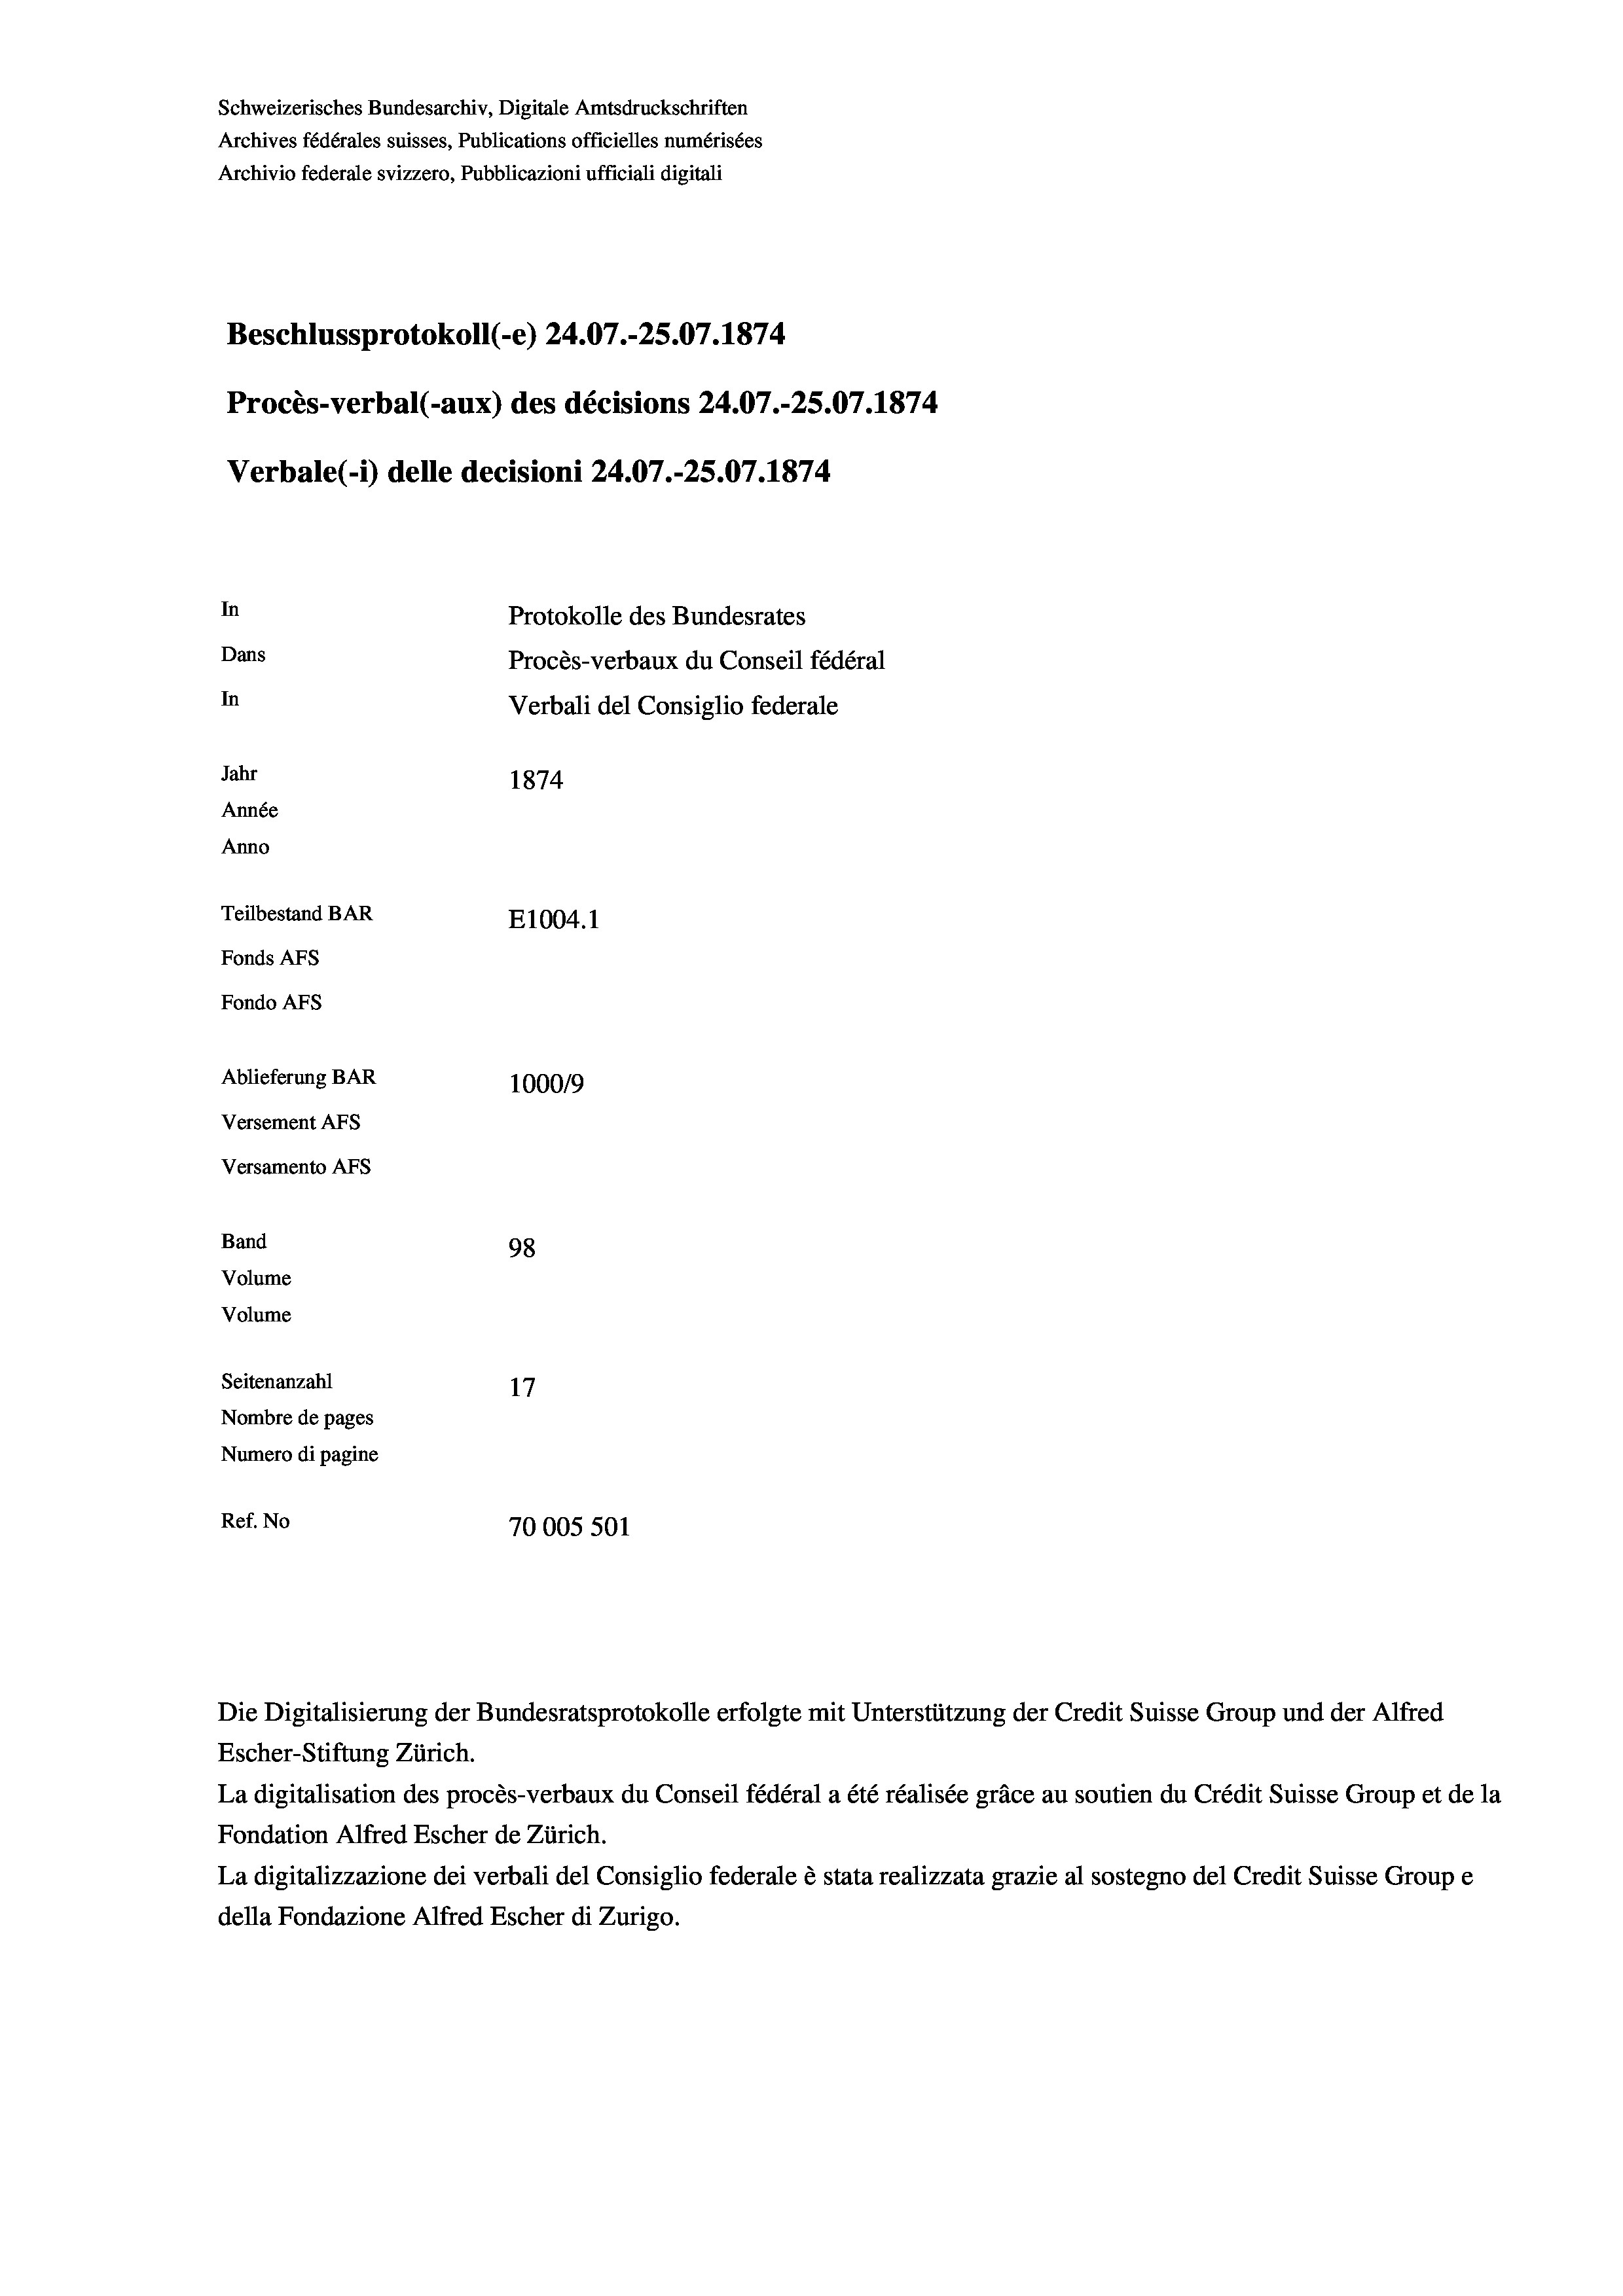
Schweizerisches Bundesarchiv, Digitale Amtsdruckschriften
Archives fédérales suisses, Publications officielles numérisées
Archivio federale svizzero, Pubblicazioni ufficiali digitali
Beschlussprotokoll (-e) 24.07.-25.07. 1874
Procès-verbal (-aux) des décisions 24.07.-25.07. 1874
Verbale (1) delle decisioni 24.07.-25.07. 1874
In
Protokolle des Bundesrates
Dans
Procès-verbaux du Conseil fédéral
In
Verbali del Consiglio federale
Jahr
1874
Année
Anno
Teilbestand BAR
E1004. 1
Fonds AFs
Fondo AFS
Ablieferung BAR
100019
Versement AFs
Versamento AFs
Band
98
Volume
Volume

Seitenanzahl
Nombre de pages
Numero di pagine
Ref. No

17
70005 501

Die Digitalisierung der Bundesratsprotokolle erfolgte mit Unterstützung der Credit Suisse Group und der Alfred
Escher-Stiftung Zürich.
La digitalisation des procès-verbaux du Conseil fédéral a été réalisée gräce au soutien du Crédit Suisse Group et de la
Fondation Alfred Escher de Zürich.
La digitalizzazione dei verbali del Consiglio federale è stata realizzata grazie al sostegno del Credit Suisse Groupe
della Fondazione Alfred Escher di Zurigo.